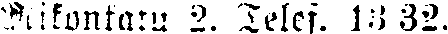
Mikonkatu 2. Telef. 13 32.